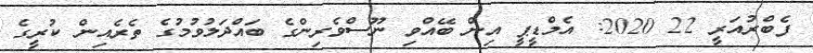
ފެބްރުއަރީ 22 2020: އެމްޑީޕީ އިން ބޭއްވި ނޫސްވެރިންގެ ބައްދަލުވުމުގެ ތެރެއިން ކުރީގެ